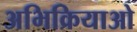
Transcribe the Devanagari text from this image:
अभिक्रियाओ